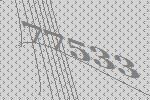
77533